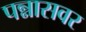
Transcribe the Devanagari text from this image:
पन्नासवर